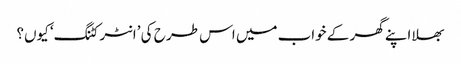
بھلا اپنے گھر کے خواب میں اس طر ح کی ’انٹر کٹنگ‘ کیوں؟